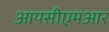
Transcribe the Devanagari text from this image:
आयसीएमआर